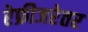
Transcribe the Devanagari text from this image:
रेफ्रीजरेतर